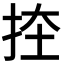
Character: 𭠨